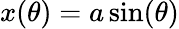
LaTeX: x(\theta)=a\sin(\theta)